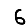
Digit: 6